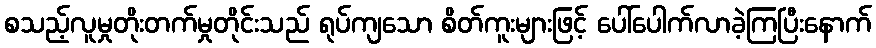
စသည့်လူမှုတိုးတက်မှုတိုင်းသည် ရုပ်ကျသော စိတ်ကူးများဖြင့် ပေါ်ပေါက်လာခဲ့ကြပြီးနောက်